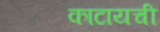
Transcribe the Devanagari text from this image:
काटायची